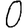
Digit: 0